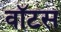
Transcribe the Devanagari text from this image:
वॉटस